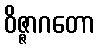
ဝိဇ္ဇာဂတော